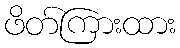
ဖိတ်ကြားထား